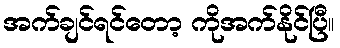
အက်ချင်ရင်တော့ ကိုအက်နိုင်ပြီ။